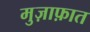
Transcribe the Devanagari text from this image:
मुज़ाफ़ात